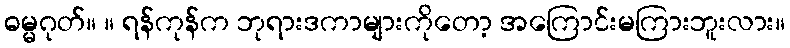
ဓမ္မဂုတ်။ ။ ရန်ကုန်က ဘုရားဒကာများကိုတော့ အကြောင်းမကြားဘူးလား။